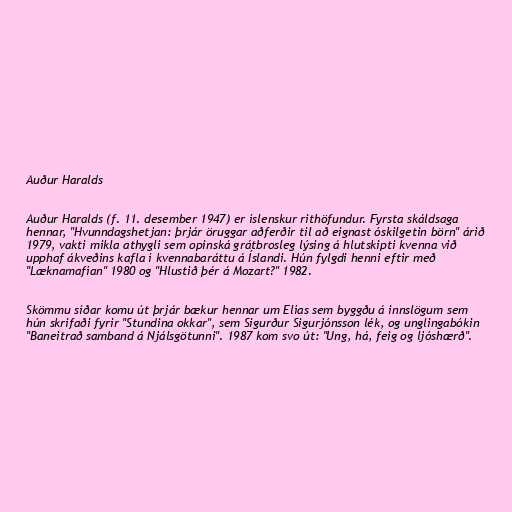
Auður Haralds

Auður Haralds (f. 11. desember 1947) er íslenskur rithöfundur. Fyrsta skáldsaga
hennar, "Hvunndagshetjan: þrjár öruggar aðferðir til að eignast óskilgetin börn" árið
1979, vakti mikla athygli sem opinská grátbrosleg lýsing á hlutskipti kvenna við
upphaf ákveðins kafla í kvennabaráttu á Íslandi. Hún fylgdi henni eftir með
"Læknamafían" 1980 og "Hlustið þér á Mozart?" 1982.

Skömmu síðar komu út þrjár bækur hennar um Elías sem byggðu á innslögum sem
hún skrifaði fyrir "Stundina okkar", sem Sigurður Sigurjónsson lék, og unglingabókin
"Baneitrað samband á Njálsgötunni". 1987 kom svo út: "Ung, há, feig og ljóshærð".